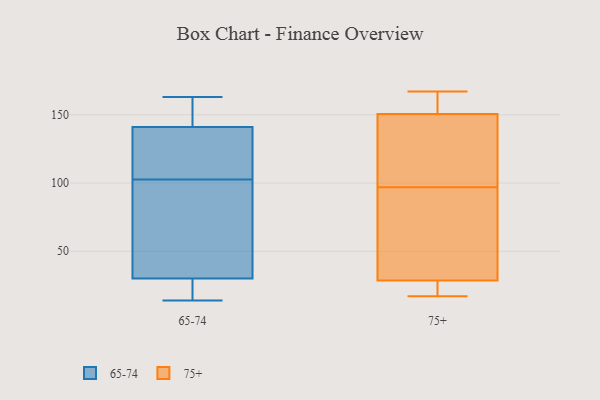
{"axis": {"x": "Active Users", "y": "Value"}, "legend": ["65-74", "75+"], "data": [{"x": "", "y": 104, "type": "65-74"}, {"x": "", "y": 141, "type": "65-74"}, {"x": "", "y": 27, "type": "65-74"}, {"x": "", "y": 160, "type": "65-74"}, {"x": "", "y": 30, "type": "65-74"}, {"x": "", "y": 14, "type": "65-74"}, {"x": "", "y": 101, "type": "65-74"}, {"x": "", "y": 163, "type": "65-74"}, {"x": "", "y": 117, "type": "65-74"}, {"x": "", "y": 43, "type": "65-74"}, {"x": "", "y": 167, "type": "75+"}, {"x": "", "y": 34, "type": "75+"}, {"x": "", "y": 154, "type": "75+"}, {"x": "", "y": 71, "type": "75+"}, {"x": "", "y": 100, "type": "75+"}, {"x": "", "y": 163, "type": "75+"}, {"x": "", "y": 23, "type": "75+"}, {"x": "", "y": 94, "type": "75+"}, {"x": "", "y": 147, "type": "75+"}, {"x": "", "y": 83, "type": "75+"}, {"x": "", "y": 111, "type": "75+"}, {"x": "", "y": 17, "type": "75+"}, {"x": "", "y": 159, "type": "75+"}, {"x": "", "y": 17, "type": "75+"}, {"x": "", "y": 18, "type": "75+"}, {"x": "", "y": 111, "type": "75+"}]}